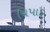
ચિપાડ